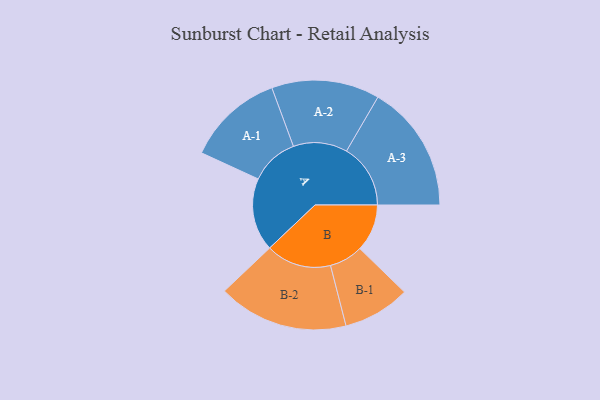
{"axis": {"x": "Segment", "y": "Value"}, "legend": ["", "A", "B"], "data": [{"x": "A", "y": 293, "type": ""}, {"x": "B", "y": 190, "type": ""}, {"x": "A-1", "y": 194, "type": "A"}, {"x": "A-2", "y": 217, "type": "A"}, {"x": "A-3", "y": 257, "type": "A"}, {"x": "B-1", "y": 135, "type": "B"}, {"x": "B-2", "y": 262, "type": "B"}]}